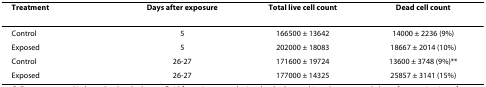
| Treatment | Days after exposure | Total live cell count | Dead cell count |
 | --- | --- | --- | --- |
 | Control | 5 | 166500 ± 13642 | 14000 ± 2236 (9%) |
 | Exposed | 5 | 202000 ± 18083 | 18667 ± 2014 (10%) |
 | Control | 26-27 | 171600 ± 19724 | 13600 ± 3748 (9%)** |
 | Exposed | 26-27 | 177000 ± 14325 | 25857 ± 3141 (15%) |